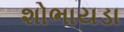
શોભાયડા